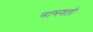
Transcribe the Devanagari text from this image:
नामवली